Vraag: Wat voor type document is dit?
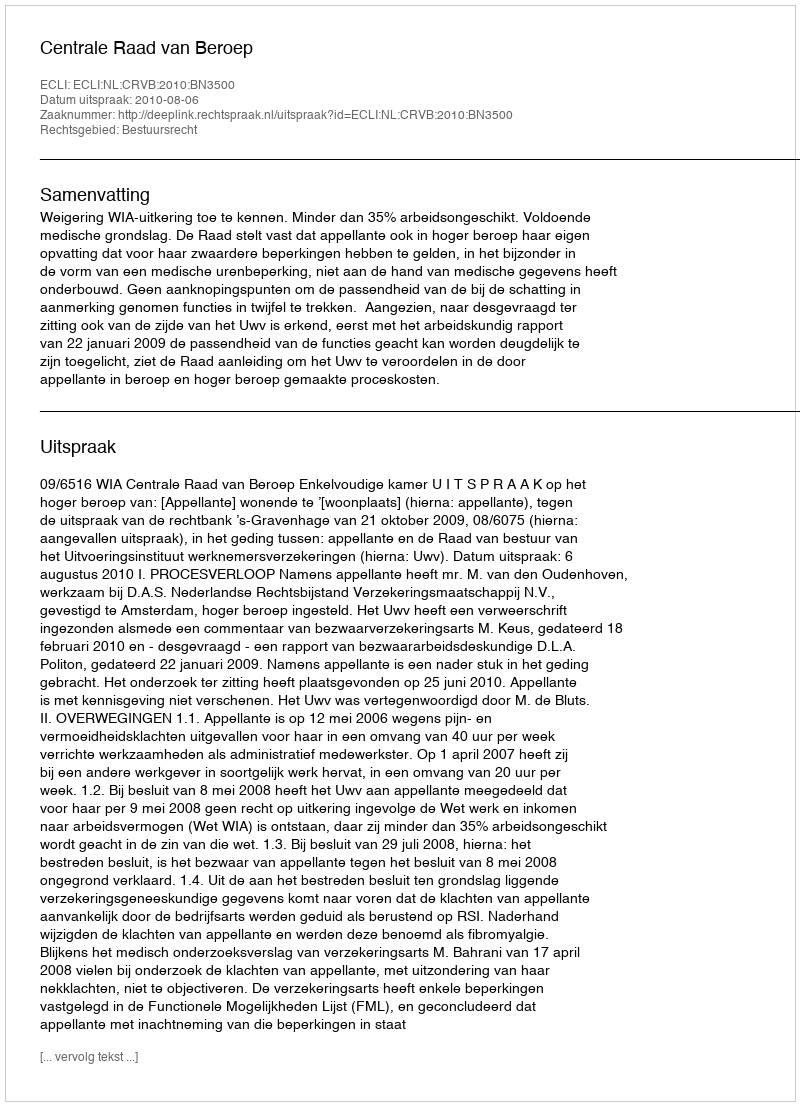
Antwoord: Uitspraak